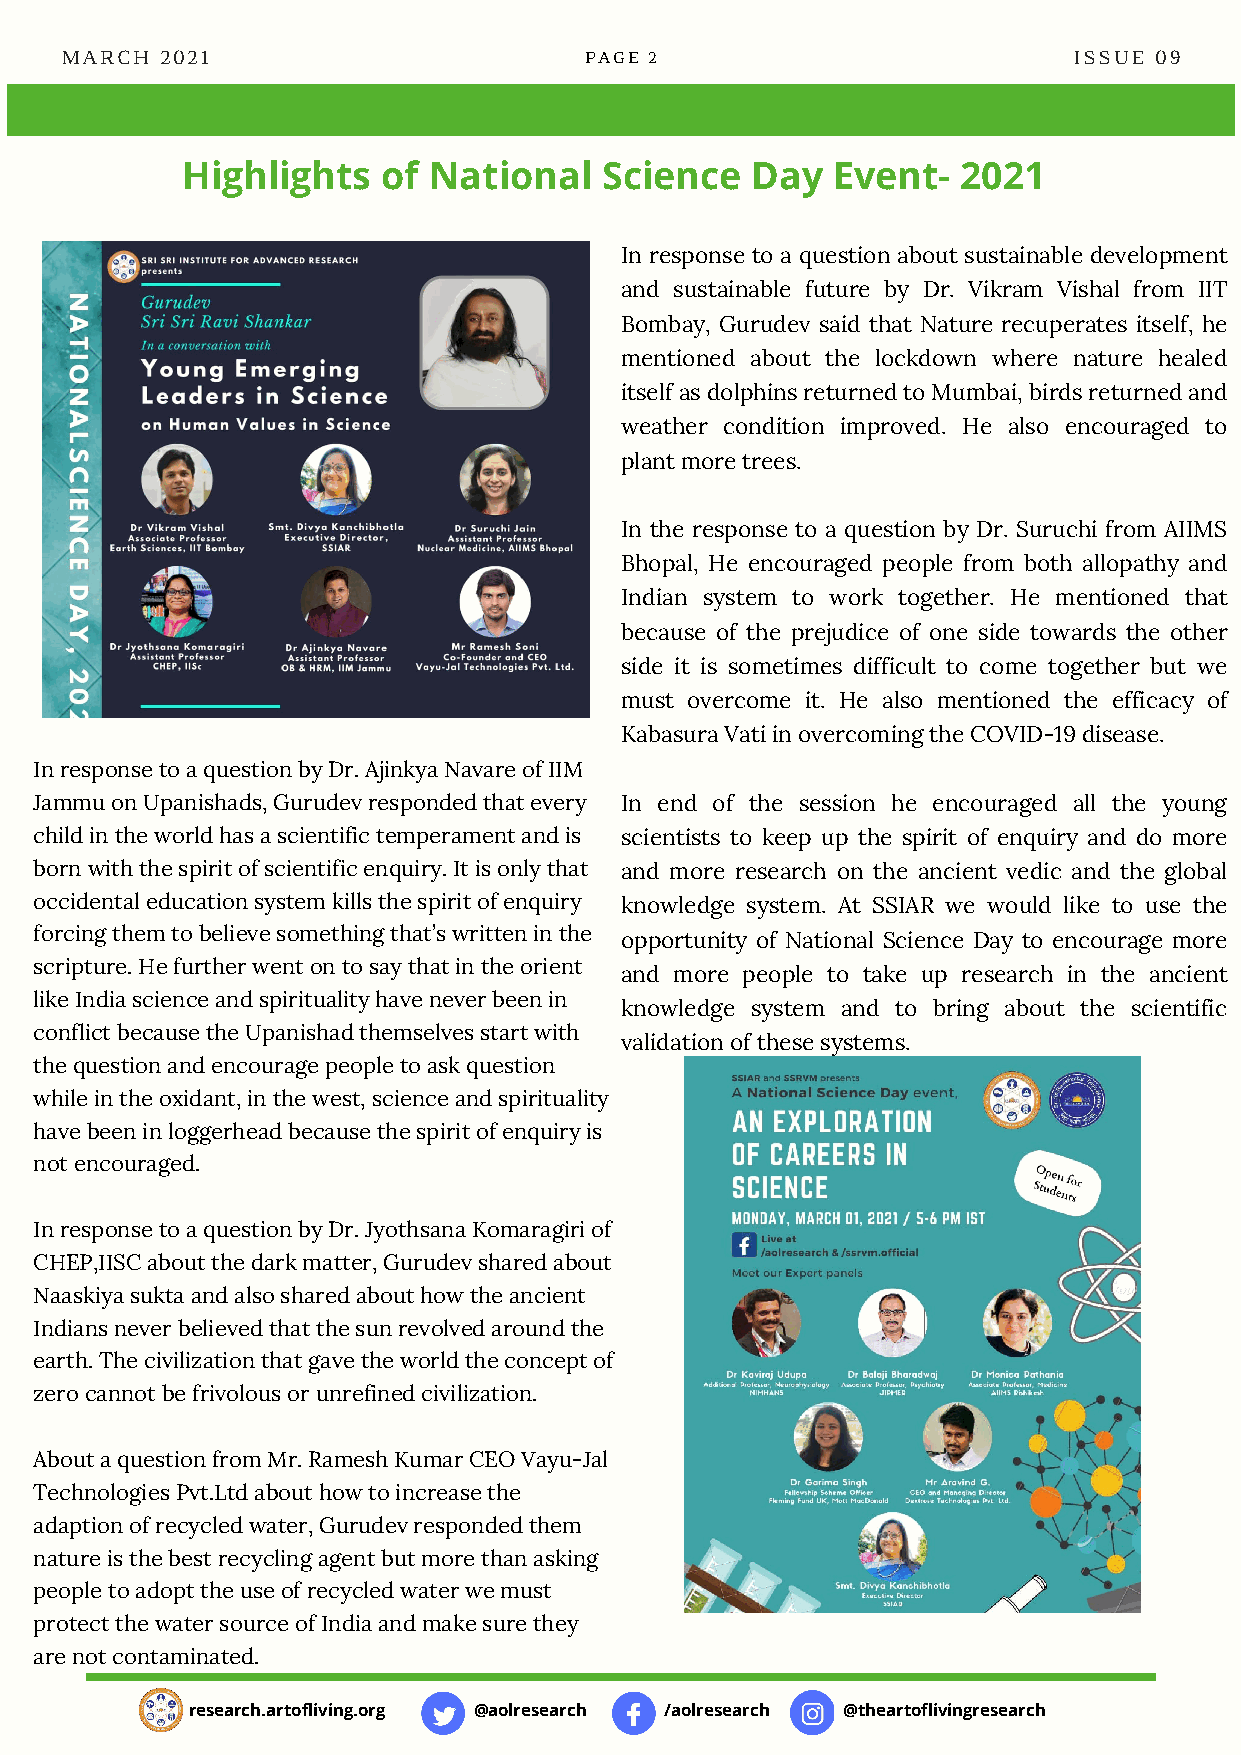
MARCH  2021                        PAGE 2                          ISSUE 09
 Highlights   of National    Science   Day  Event-   2021
 In response to a question about sustainable development
 and sustainable future by Dr. Vikram Vishal from IIT
 Bombay, Gurudev said that Nature recuperates itself, he
 mentioned about the lockdown where nature healed
 itself as dolphins returned to Mumbai, birds returned and
 weather condition improved. He also encouraged to
 plant more trees.
 In the response to a question by Dr. Suruchi from AIIMS
 Bhopal, He encouraged people from both allopathy and
 Indian system to work together. He mentioned that
 because of the prejudice of one side towards the other
 side it is sometimes difficult to come together but we
 must overcome it. He also mentioned the efficacy of
 Kabasura Vati in overcoming the COVID-19 disease.
 In response to a question by Dr. Ajinkya Navare of IIM
 Jammu on Upanishads, Gurudev responded that every In end of the session he encouraged all the young
 child in the world has a scientific temperament and is scientists to keep up the spirit of enquiry and do more
 born with the spirit of scientific enquiry. It is only that and more research on the ancient vedic and the global
 occidental education system kills the spirit of enquiry knowledge system. At SSIAR we would like to use the
 forcing them to believe something that’s written in the opportunity of National Science Day to encourage more
 scripture. He further went on to say that in the orient
 and more people to take up research in the ancient
 like India science and spirituality have never been in
 knowledge system and to bring about the scientific
 conflict because the Upanishad themselves start with
 validation of these systems.
 the question and encourage people to ask question
 while in the oxidant, in the west, science and spirituality
 have been in loggerhead because the spirit of enquiry is
 not encouraged.
 In response to a question by Dr. Jyothsana Komaragiri of
 CHEP,IISC about the dark matter, Gurudev shared about
 Naaskiya sukta and also shared about how the ancient
 Indians never believed that the sun revolved around the
 earth. The civilization that gave the world the concept of
 zero cannot be frivolous or unrefined civilization.
 About a question from Mr. Ramesh Kumar CEO Vayu-Jal
 Technologies Pvt.Ltd about how to increase the
 adaption of recycled water, Gurudev responded them
 nature is the best recycling agent but more than asking
 people to adopt the use of recycled water we must
 protect the water source of India and make sure they
 are not contaminated.
 research.artofliving.org @aolresearch /aolresearch @theartoflivingresearch